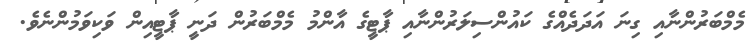
މެމްބަރުންނާއި ގިނަ އަދަދެއްގެ ކައުންސިލަރުންނާއި ޕާޓީގެ އާންމު މެމްބަރުން ދަނީ ޕާޓީއިން ވަކިވަމުންނެވެ.